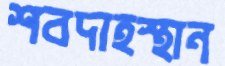
শবদাহস্থান